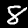
Label: 8